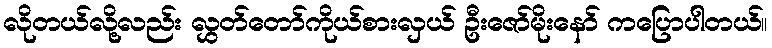
လိုတယ်လို့လည်း လွှတ်တော်ကိုယ်စားလှယ် ဦးဇော်မိုးနော် ကပြောပါတယ်။